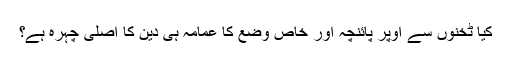
کیا ٹخنوں سے اوپر پائنچہ اور خاص وضع کا عمامہ ہی دین کا اصلی چہرہ ہے؟